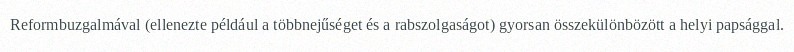
Reformbuzgalmával (ellenezte például a többnejűséget és a rabszolgaságot) gyorsan összekülönbözött a helyi papsággal.